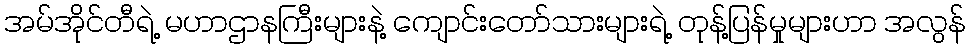
အမ်အိုင်တီရဲ့ မဟာဌာနကြီးများနဲ့ ကျောင်းတော်သားများရဲ့ တုန့်ပြန်မှုများဟာ အလွန်